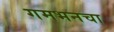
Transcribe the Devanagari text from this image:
गमभनचा